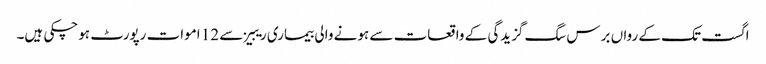
اگست تک کے رواں برس سگ گزیدگی کے واقعات سے ہونے والی بیماری ریبیز سے 12 اموات رپورٹ ہوچکی ہیں۔